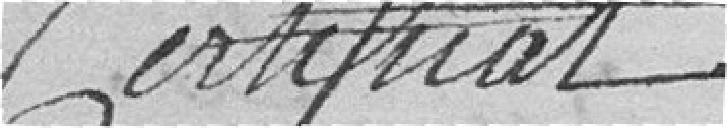
Certificat